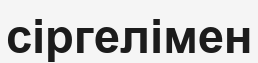
сіргелімен